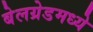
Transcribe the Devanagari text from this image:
बेलग्रेडमध्ये